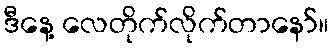
ဒီနေ့ လေတိုက်လိုက်တာနော်။